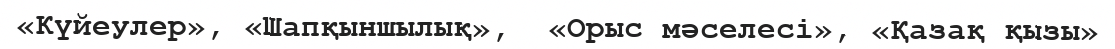
«Күйеулер», «Шапқыншылық»,  «Орыс мәселесі», «Қазақ қызы»